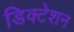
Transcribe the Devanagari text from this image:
डिक्‍टेशन